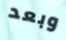
وبعد